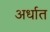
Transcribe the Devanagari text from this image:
अर्धात